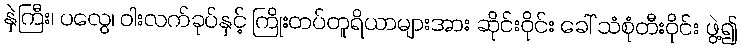
နှဲကြီး၊ ပလွေ၊ ဝါးလက်ခုပ်နှင့် ကြိုးတပ်တူရိယာများအား ဆိုင်းဝိုင်း ခေါ် သံစုံတီးဝိုင်း ဖွဲ့၍